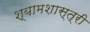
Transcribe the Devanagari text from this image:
श्यामशास्त्री